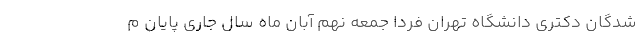
شدگان دکتری دانشگاه تهران فردا جمعه نهم آبان ماه سال جاری پایان م